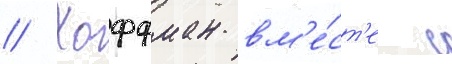
// Хоффман вм'е́ст'е с